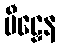
မီဠှေန